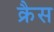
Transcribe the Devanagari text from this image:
क्रैस